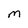
Character: M